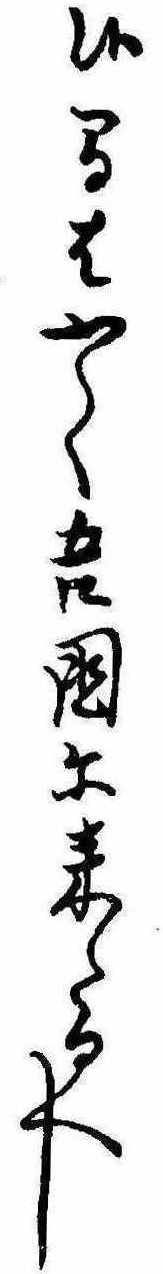
候間はやく吾国に来たるへし